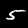
Digit: 5